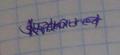
Signature authenticity: genuine